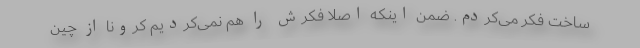
ساخت فکر می‌کردم. ضمن اینکه اصلا فکرش را هم نمی‌کردیم کرونا از چین